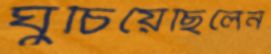
ঘুচিয়েছিলেন